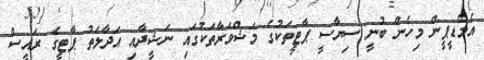
އެމްޑީޕީން މިހެން ބުނީ ސިޔާސީ ޕާޓީތަކުގެ މަޝްވަރާތަކުގައި ނަޝީދާއި އަދާލަތު ޕާޓީގެ ރައީސް